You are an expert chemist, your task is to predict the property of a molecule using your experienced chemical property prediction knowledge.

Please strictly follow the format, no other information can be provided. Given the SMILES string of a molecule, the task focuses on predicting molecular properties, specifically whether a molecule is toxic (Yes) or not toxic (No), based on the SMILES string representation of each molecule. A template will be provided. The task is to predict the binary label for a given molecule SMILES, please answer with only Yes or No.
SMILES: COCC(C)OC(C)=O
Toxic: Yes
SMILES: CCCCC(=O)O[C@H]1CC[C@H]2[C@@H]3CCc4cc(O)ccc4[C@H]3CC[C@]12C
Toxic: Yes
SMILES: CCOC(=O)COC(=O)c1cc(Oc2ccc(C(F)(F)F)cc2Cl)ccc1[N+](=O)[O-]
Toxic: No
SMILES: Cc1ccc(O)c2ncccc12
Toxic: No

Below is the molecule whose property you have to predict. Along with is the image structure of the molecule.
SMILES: Nc1nc(N)nc(-c2cc(Cl)ccc2Cl)n1
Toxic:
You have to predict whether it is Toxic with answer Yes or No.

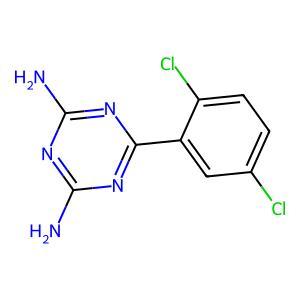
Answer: No